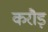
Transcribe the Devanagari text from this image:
करौड़